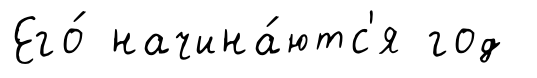
Его́ начина́ютс'я год